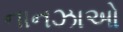
નાનઝાઓ